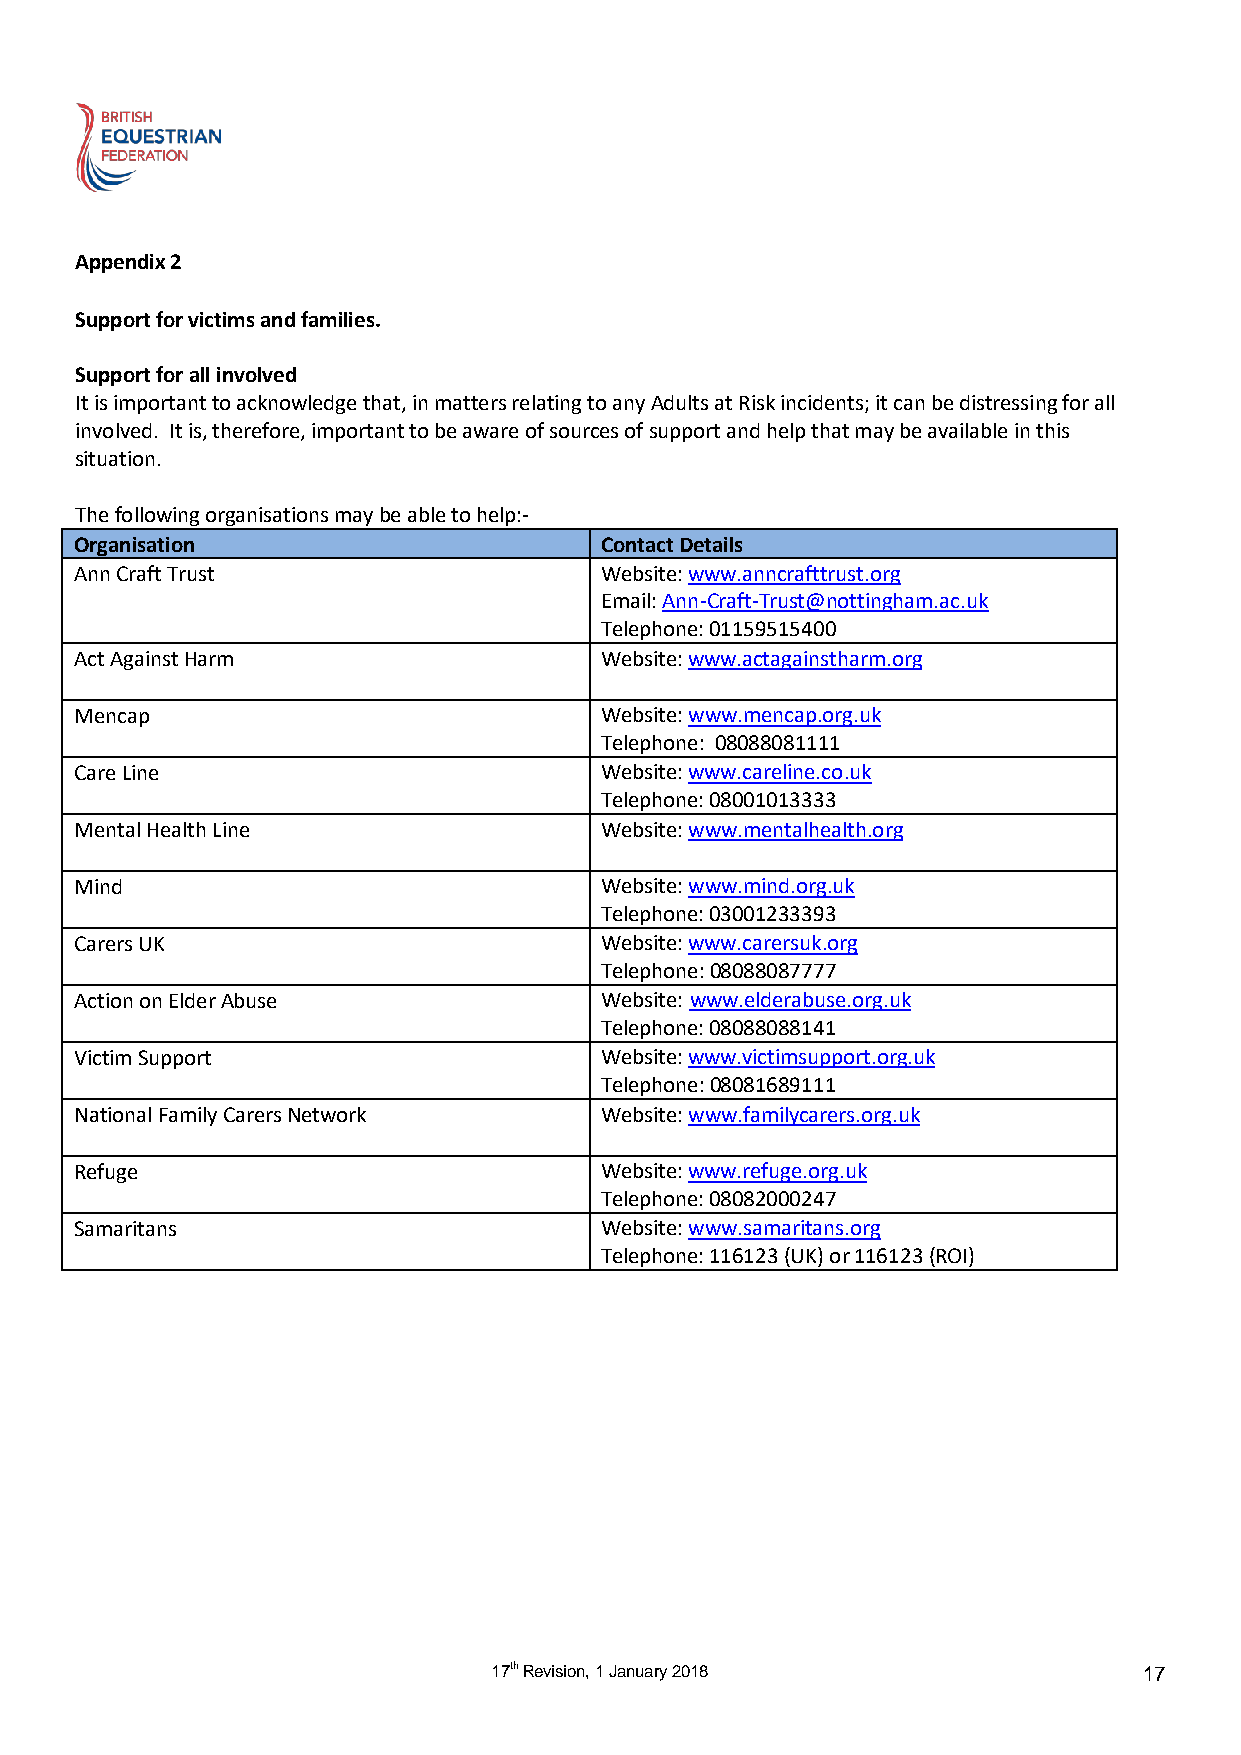
Appendix 2
 Support for victims and families.
 Support for all involved
 It is important to acknowledge that, in matters relating to any Adults at Risk incidents; it can be distressing for all
 involved. It is, therefore, important to be aware of sources of support and help that may be available in this
 situation.
 The following organisations may be able to help:-
 Organisation                       Contact Details
 Ann Craft Trust                    Website: www.anncrafttrust.org
 Email: Ann-Craft-Trust@nottingham.ac.uk
 Telephone: 01159515400
 Act Against Harm                   Website: www.actagainstharm.org
 Mencap                             Website: www.mencap.org.uk
 Telephone: 08088081111
 Care Line                          Website: www.careline.co.uk
 Telephone: 08001013333
 Mental Health Line                 Website: www.mentalhealth.org
 Mind                               Website: www.mind.org.uk
 Telephone: 03001233393
 Carers UK                          Website: www.carersuk.org
 Telephone: 08088087777
 Action on Elder Abuse              Website: www.elderabuse.org.uk
 Telephone: 08088088141
 Victim Support                     Website: www.victimsupport.org.uk
 Telephone: 08081689111
 National Family Carers Network     Website: www.familycarers.org.uk
 Refuge                             Website: www.refuge.org.uk
 Telephone: 08082000247
 Samaritans                         Website: www.samaritans.org
 Telephone: 116123 (UK) or 116123 (ROI)
 17th Revision, 1 January 2018              17